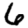
Digit: 6